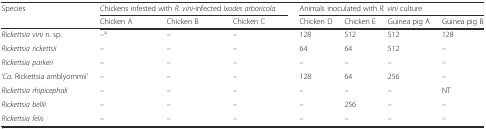
<table><thead><tr><td rowspan="2"><b>Species</b></td><td colspan="3"><b>Chickens infested with <i>R. vini-</i>infected <i>Ixodes arboricola</i></b></td><td colspan="4"><b>Animals inoculated with <i>R. vini</i> culture</b></td></tr><tr><td><b>Chicken A</b></td><td><b>Chicken B</b></td><td><b>Chicken C</b></td><td><b>Chicken D</b></td><td><b>Chicken E</b></td><td><b>Guinea pig A</b></td><td><b>Guinea pig B</b></td></tr></thead><tbody><tr><td><i>Rickettsia vini</i> n. sp.</td><td>–<sup>a</sup></td><td>–</td><td>–</td><td>128</td><td>512</td><td>512</td><td>128</td></tr><tr><td><i>Rickettsia rickettsii</i></td><td>–</td><td>–</td><td>–</td><td>64</td><td>64</td><td>512</td><td>–</td></tr><tr><td><i>Rickettsia parkeri</i></td><td>–</td><td>–</td><td>–</td><td>–</td><td>–</td><td>–</td><td>–</td></tr><tr><td>‘<i>Ca.</i> Rickettsia amblyommii’</td><td>–</td><td>–</td><td>–</td><td>128</td><td>64</td><td>256</td><td>–</td></tr><tr><td><i>Rickettsia rhipicephali</i></td><td>–</td><td>–</td><td>–</td><td>–</td><td>–</td><td>–</td><td>NT</td></tr><tr><td><i>Rickettsia bellii</i></td><td>–</td><td>–</td><td>–</td><td>–</td><td>256</td><td>–</td><td>–</td></tr><tr><td><i>Rickettsia felis</i></td><td>–</td><td>–</td><td>–</td><td>–</td><td>–</td><td>–</td><td>–</td></tr></tbody></table>